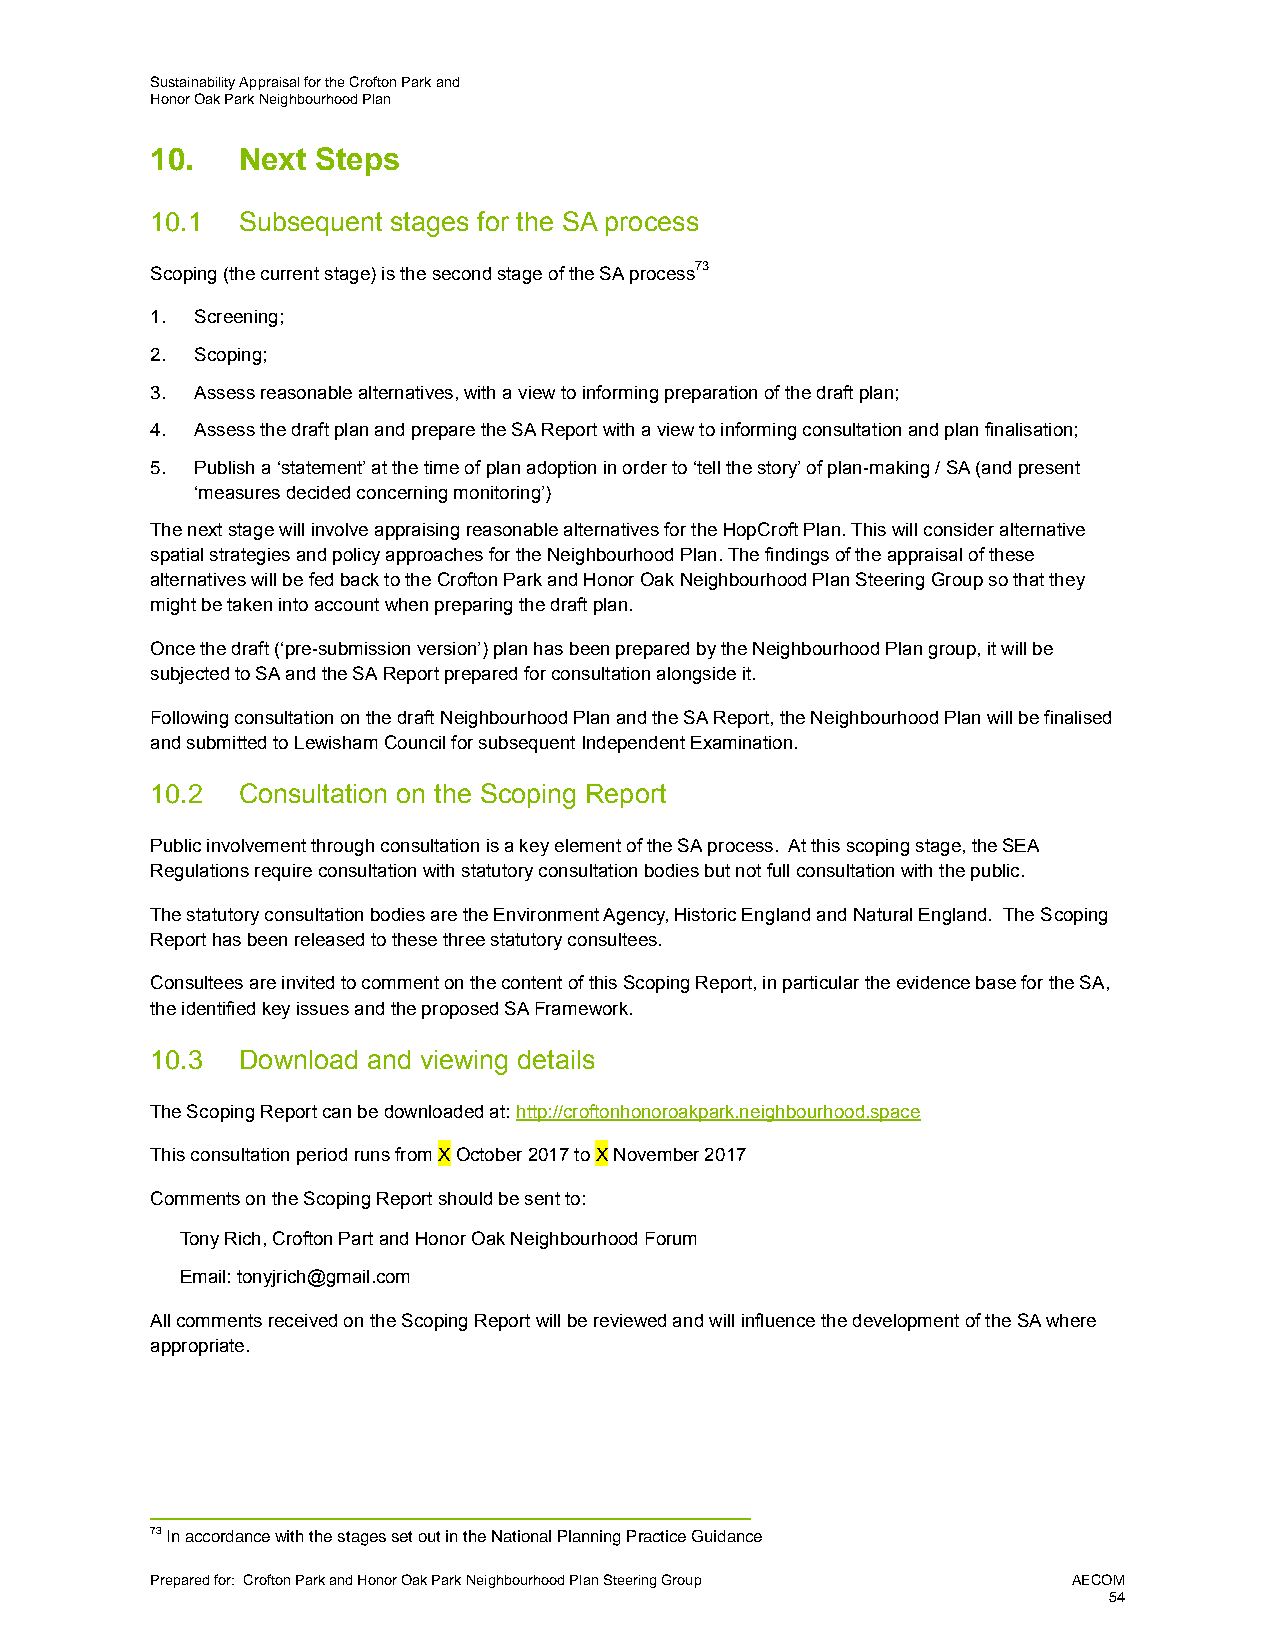
Sustainability Appraisal for the Crofton Park and
 Honor Oak Park Neighbourhood Plan
 10.   Next Steps
 10.1  Subsequent stages for the SA process
 Scoping (the current stage) is the second stage of the SA process73
 1. Screening;
 2. Scoping;
 3. Assess reasonable alternatives, with a view to informing preparation of the draft plan;
 4. Assess the draft plan and prepare the SA Report with a view to informing consultation and plan finalisation;
 5. Publish a ‘statement’ at the time of plan adoption in order to ‘tell the story’ of plan-making / SA (and present
 ‘measures decided concerning monitoring’)
 The next stage will involve appraising reasonable alternatives for the HopCroft Plan. This will consider alternative
 spatial strategies and policy approaches for the Neighbourhood Plan. The findings of the appraisal of these
 alternatives will be fed back to the Crofton Park and Honor Oak Neighbourhood Plan Steering Group so that they
 might be taken into account when preparing the draft plan.
 Once the draft (‘pre-submission version’) plan has been prepared by the Neighbourhood Plan group, it will be
 subjected to SA and the SA Report prepared for consultation alongside it.
 Following consultation on the draft Neighbourhood Plan and the SA Report, the Neighbourhood Plan will be finalised
 and submitted to Lewisham Council for subsequent Independent Examination.
 10.2  Consultation on the Scoping Report
 Public involvement through consultation is a key element of the SA process. At this scoping stage, the SEA
 Regulations require consultation with statutory consultation bodies but not full consultation with the public.
 The statutory consultation bodies are the Environment Agency, Historic England and Natural England. The Scoping
 Report has been released to these three statutory consultees.
 Consultees are invited to comment on the content of this Scoping Report, in particular the evidence base for the SA,
 the identified key issues and the proposed SA Framework.
 10.3  Download and viewing details
 The Scoping Report can be downloaded at: http://croftonhonoroakpark.neighbourhood.space
 This consultation period runs from X October 2017 to X November 2017
 Comments on the Scoping Report should be sent to:
 Tony Rich, Crofton Part and Honor Oak Neighbourhood Forum
 Email: tonyjrich@gmail.com
 All comments received on the Scoping Report will be reviewed and will influence the development of the SA where
 appropriate.
 73 In accordance with the stages set out in the National Planning Practice Guidance
 Prepared for: Crofton Park and Honor Oak Park Neighbourhood Plan Steering Group AECOM
 54